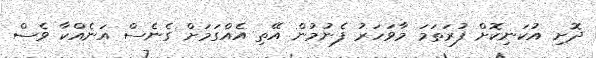
ދޮށި އުކަނިކޮށް ފުރަތަމަ މާވަހަރު ފެނުމުން އޭތި އެއްގަމަށް ގެނެސް އަނެއްކާ ވެސް